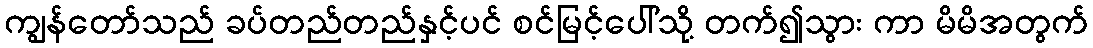
ကျွန်တော်သည် ခပ်တည်တည်နှင့်ပင် စင်မြင့်ပေါ်သို့ တက်၍သွား ကာ မိမိအတွက်